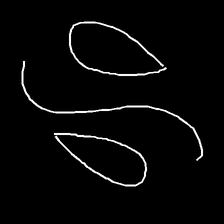
Glyph: water